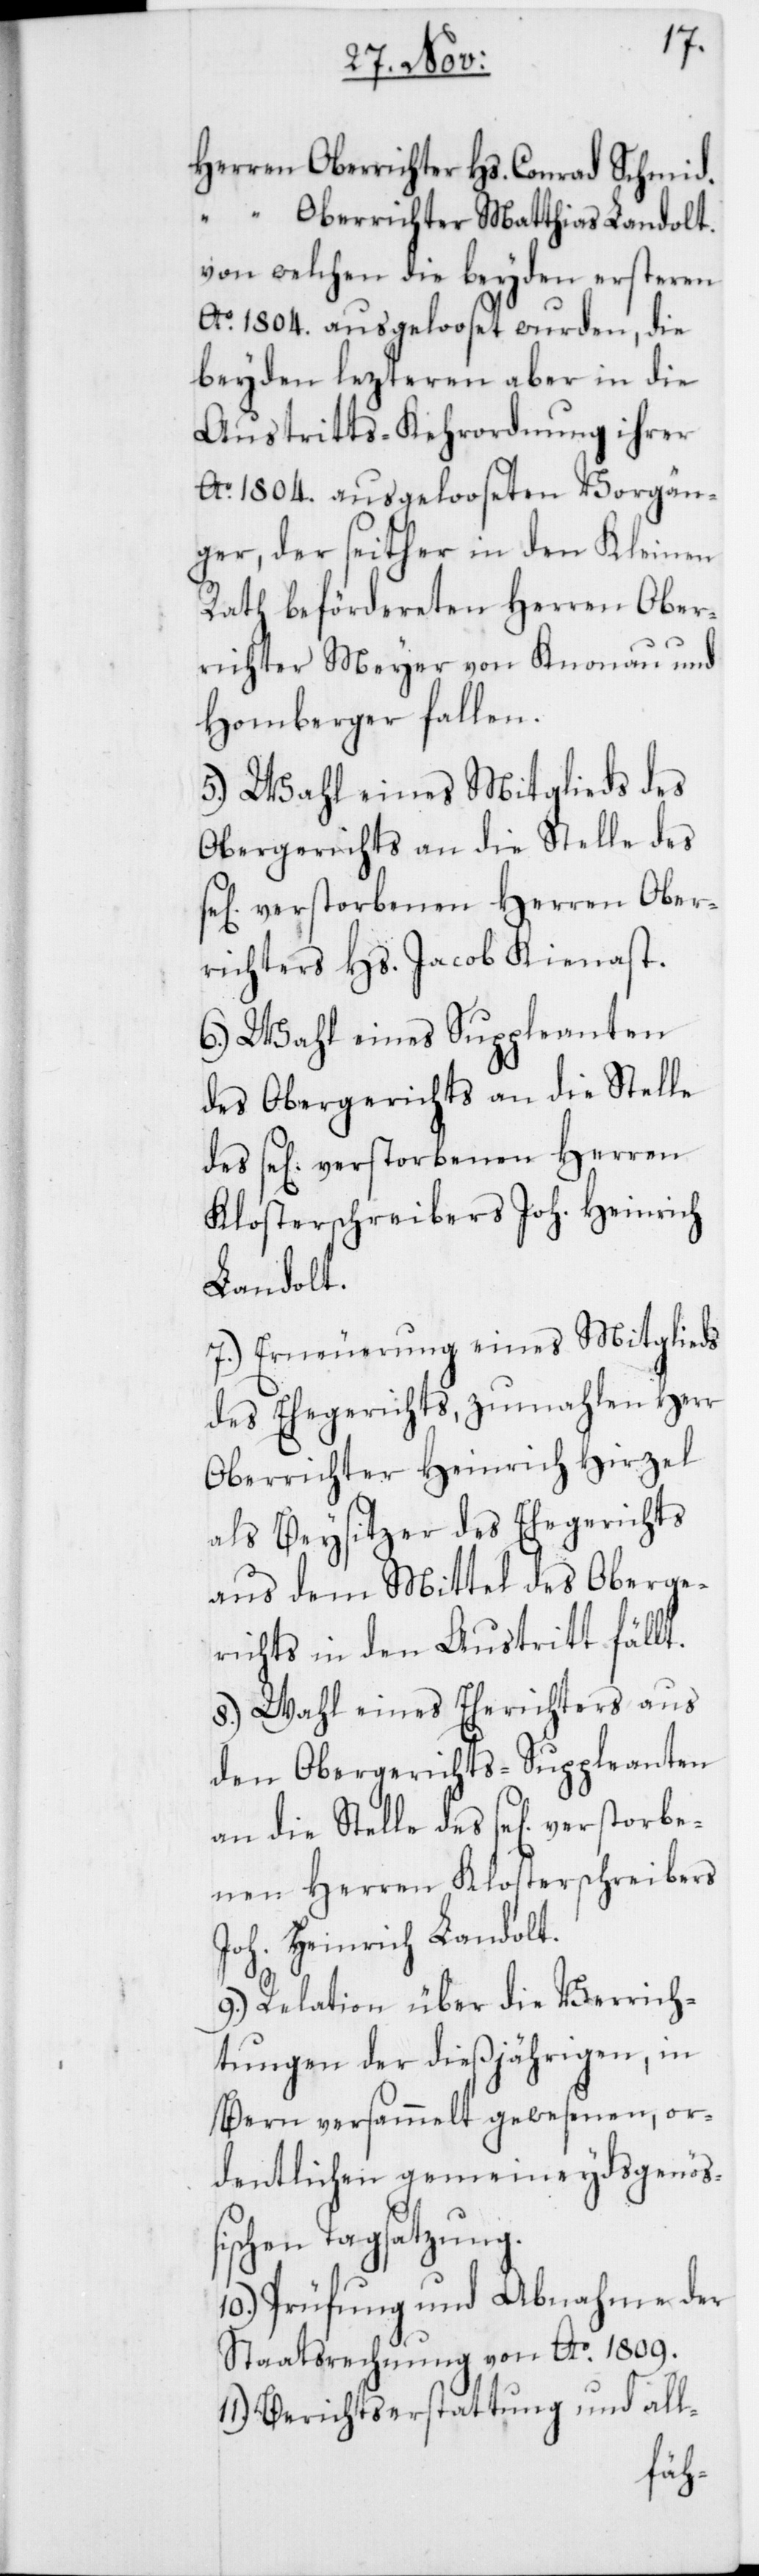
Herren Oberrichter Hs. Conrad Schmid.
“ Oberrichter Matthias Landolt.
von welchen die beyden ersteren
Ao 1804. ausgelooset wurden, die
beyden lezteren aber in die
Austritts-Kehrordnung ihrer
Ao 1804. ausgelooseten Vorgän¬
ger, der seither in den Kleinen
Rath befördereten Herren Ober¬
richter Meyer von Knonau und
Homberger fallen.
5.) Wahl eines Mitglieds des
Obergerichts an die Stelle des
verstorbenen Herren Ober¬
richters Hs. Jacob Kienast.
6.) Wahl eines Suppleanten
des Obergerichts an die Stelle
des se[lig] verstorbenen Herren
Klosterschreibers Joh. Heinrich
Landolt.
7.) Erneuerung eines Mitglieds
des Ehegerichts, zumahlen Herr
Oberrichter Heinrich Hirzel
als Beysitzer des Ehegerichts
aus dem Mittel des Oberge¬
richts in den Austritt fällt.
8.) Wahl eines Eherichters aus
den Obergerichts-Suppleanten
9.) Relation über die Verrich¬
tungen der diesjährigen, in
Bern versammelt gewesenen, or¬
dentlichen gemeineydsgenößi¬
schen Tagsatzung.
10.) Prüfung und Abnahme der
Staatsrechnung von Ao. 1809.
11.) Berichtserstattung und all-